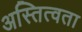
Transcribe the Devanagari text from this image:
अस्तित्वता